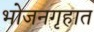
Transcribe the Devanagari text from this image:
भोजनगृहात